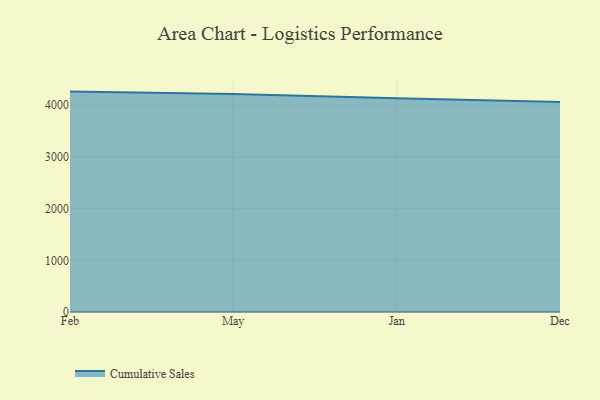
{"axis": {"x": "Month", "y": "Shipments"}, "legend": ["Cumulative Sales"], "data": [{"x": "Feb", "y": 4264.2, "type": "Cumulative Sales"}, {"x": "May", "y": 4218.9, "type": "Cumulative Sales"}, {"x": "Jan", "y": 4136.6, "type": "Cumulative Sales"}, {"x": "Dec", "y": 4064.6, "type": "Cumulative Sales"}]}